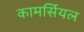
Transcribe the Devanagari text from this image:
कामर्सियल